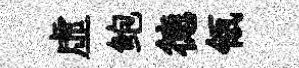
虛鲍徳瓴